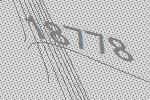
18778